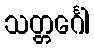
သတ္တင်္ဂေါ